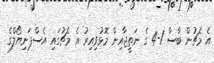
އެ މެޗުން ބާސާ 1-4 ގެ ނަތީޖާއިން މޮޅުވިއިރު އެ މެޗުގައި އެސްޕަނިޔޯލްގެ